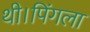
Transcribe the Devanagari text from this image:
थी।पिंगला